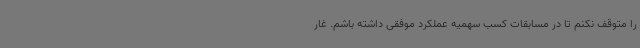
را متوقف نکنم تا در مسابقات کسب سهمیه عملکرد موفقی داشته باشم. غار